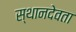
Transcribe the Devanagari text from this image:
स्थानदेवता